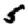
Digit: 5